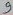
Text: 10